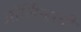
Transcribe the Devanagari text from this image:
ऑर्लिन्सची